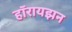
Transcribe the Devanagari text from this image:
हॉरायझन